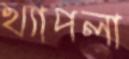
খ্যাপলা